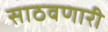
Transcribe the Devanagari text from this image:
साठवणारी